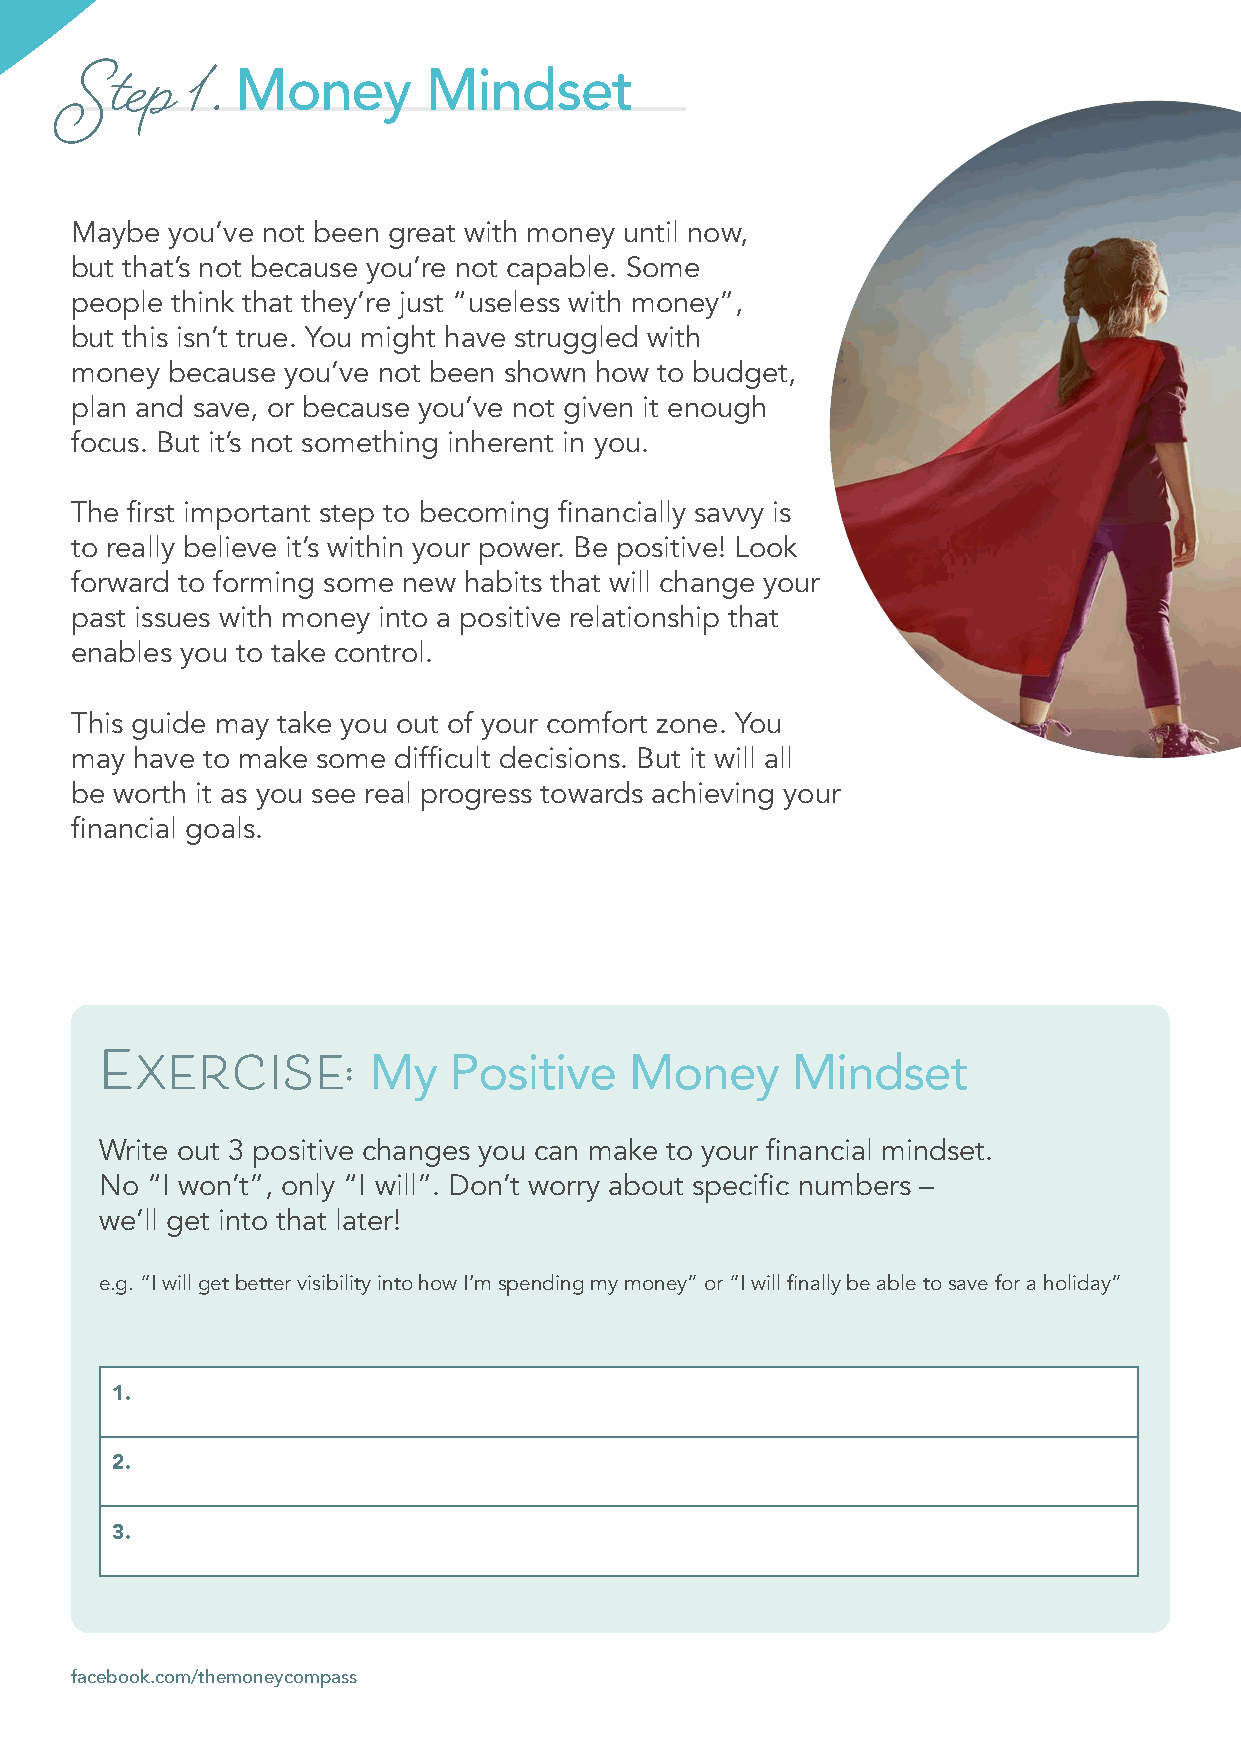
Money       Mindset
 Step   1.
 Maybe you’ve not been great with money until now,
 but that’s not because you’re not capable. Some
 people think that they’re just “useless with money”,
 but this isn’t true. You might have struggled with
 money because you’ve not been shown how to budget,
 plan and save, or because you’ve not given it enough
 focus. But it’s not something inherent in you.
 The first important step to becoming financially savvy is
 to really believe it’s within your power. Be positive! Look
 forward to forming some new habits that will change your
 past issues with money into a positive relationship that
 enables you to take control.
 This guide may take you out of your comfort zone. You
 may have to make some difficult decisions. But it will all
 be worth it as you see real progress towards achieving your
 financial goals.
 My    Positive    Money     Mindset
 Exercise:
 Write out 3 positive changes you can make to your financial mindset.
 No “I won’t”, only “I will”. Don’t worry about specific numbers –
 we’ll get into that later!
 e.g. “I will get better visibility into how I’m spending my money” or “I will finally be able to save for a holiday”
 1.
 2.
 3.
 facebook.com/themoneycompass